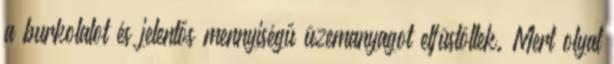
a burkolatot és jelentős mennyiségű üzemanyagot elfüstöltek. Mert olyat